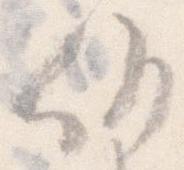
候